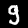
Digit: 9